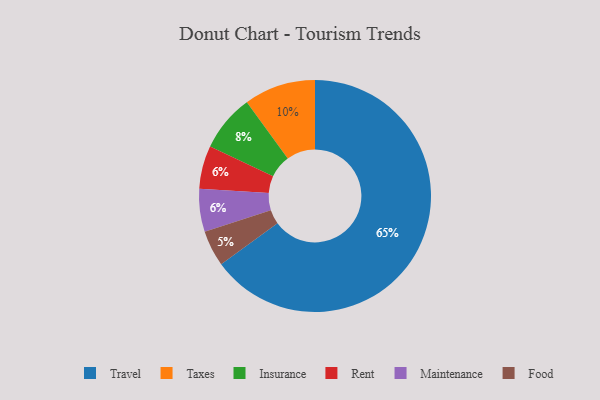
{"axis": {"x": "Category", "y": "Percentage"}, "legend": ["Food", "Insurance", "Maintenance", "Rent", "Taxes", "Travel"], "data": [{"x": "Travel", "y": 65, "type": "Travel"}, {"x": "Rent", "y": 6, "type": "Rent"}, {"x": "Insurance", "y": 8, "type": "Insurance"}, {"x": "Taxes", "y": 10, "type": "Taxes"}, {"x": "Maintenance", "y": 6, "type": "Maintenance"}, {"x": "Food", "y": 5, "type": "Food"}]}